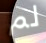
لم